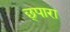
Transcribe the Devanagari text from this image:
छ्पारा